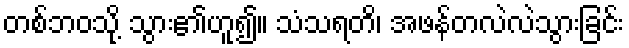
တစ်ဘဝသို့ သွား၏ဟူ၍။ သံသရတိ၊ အဖန်တလဲလဲသွားခြင်း